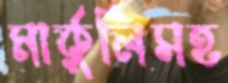
মার্কুলিসহ